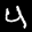
Label: 4